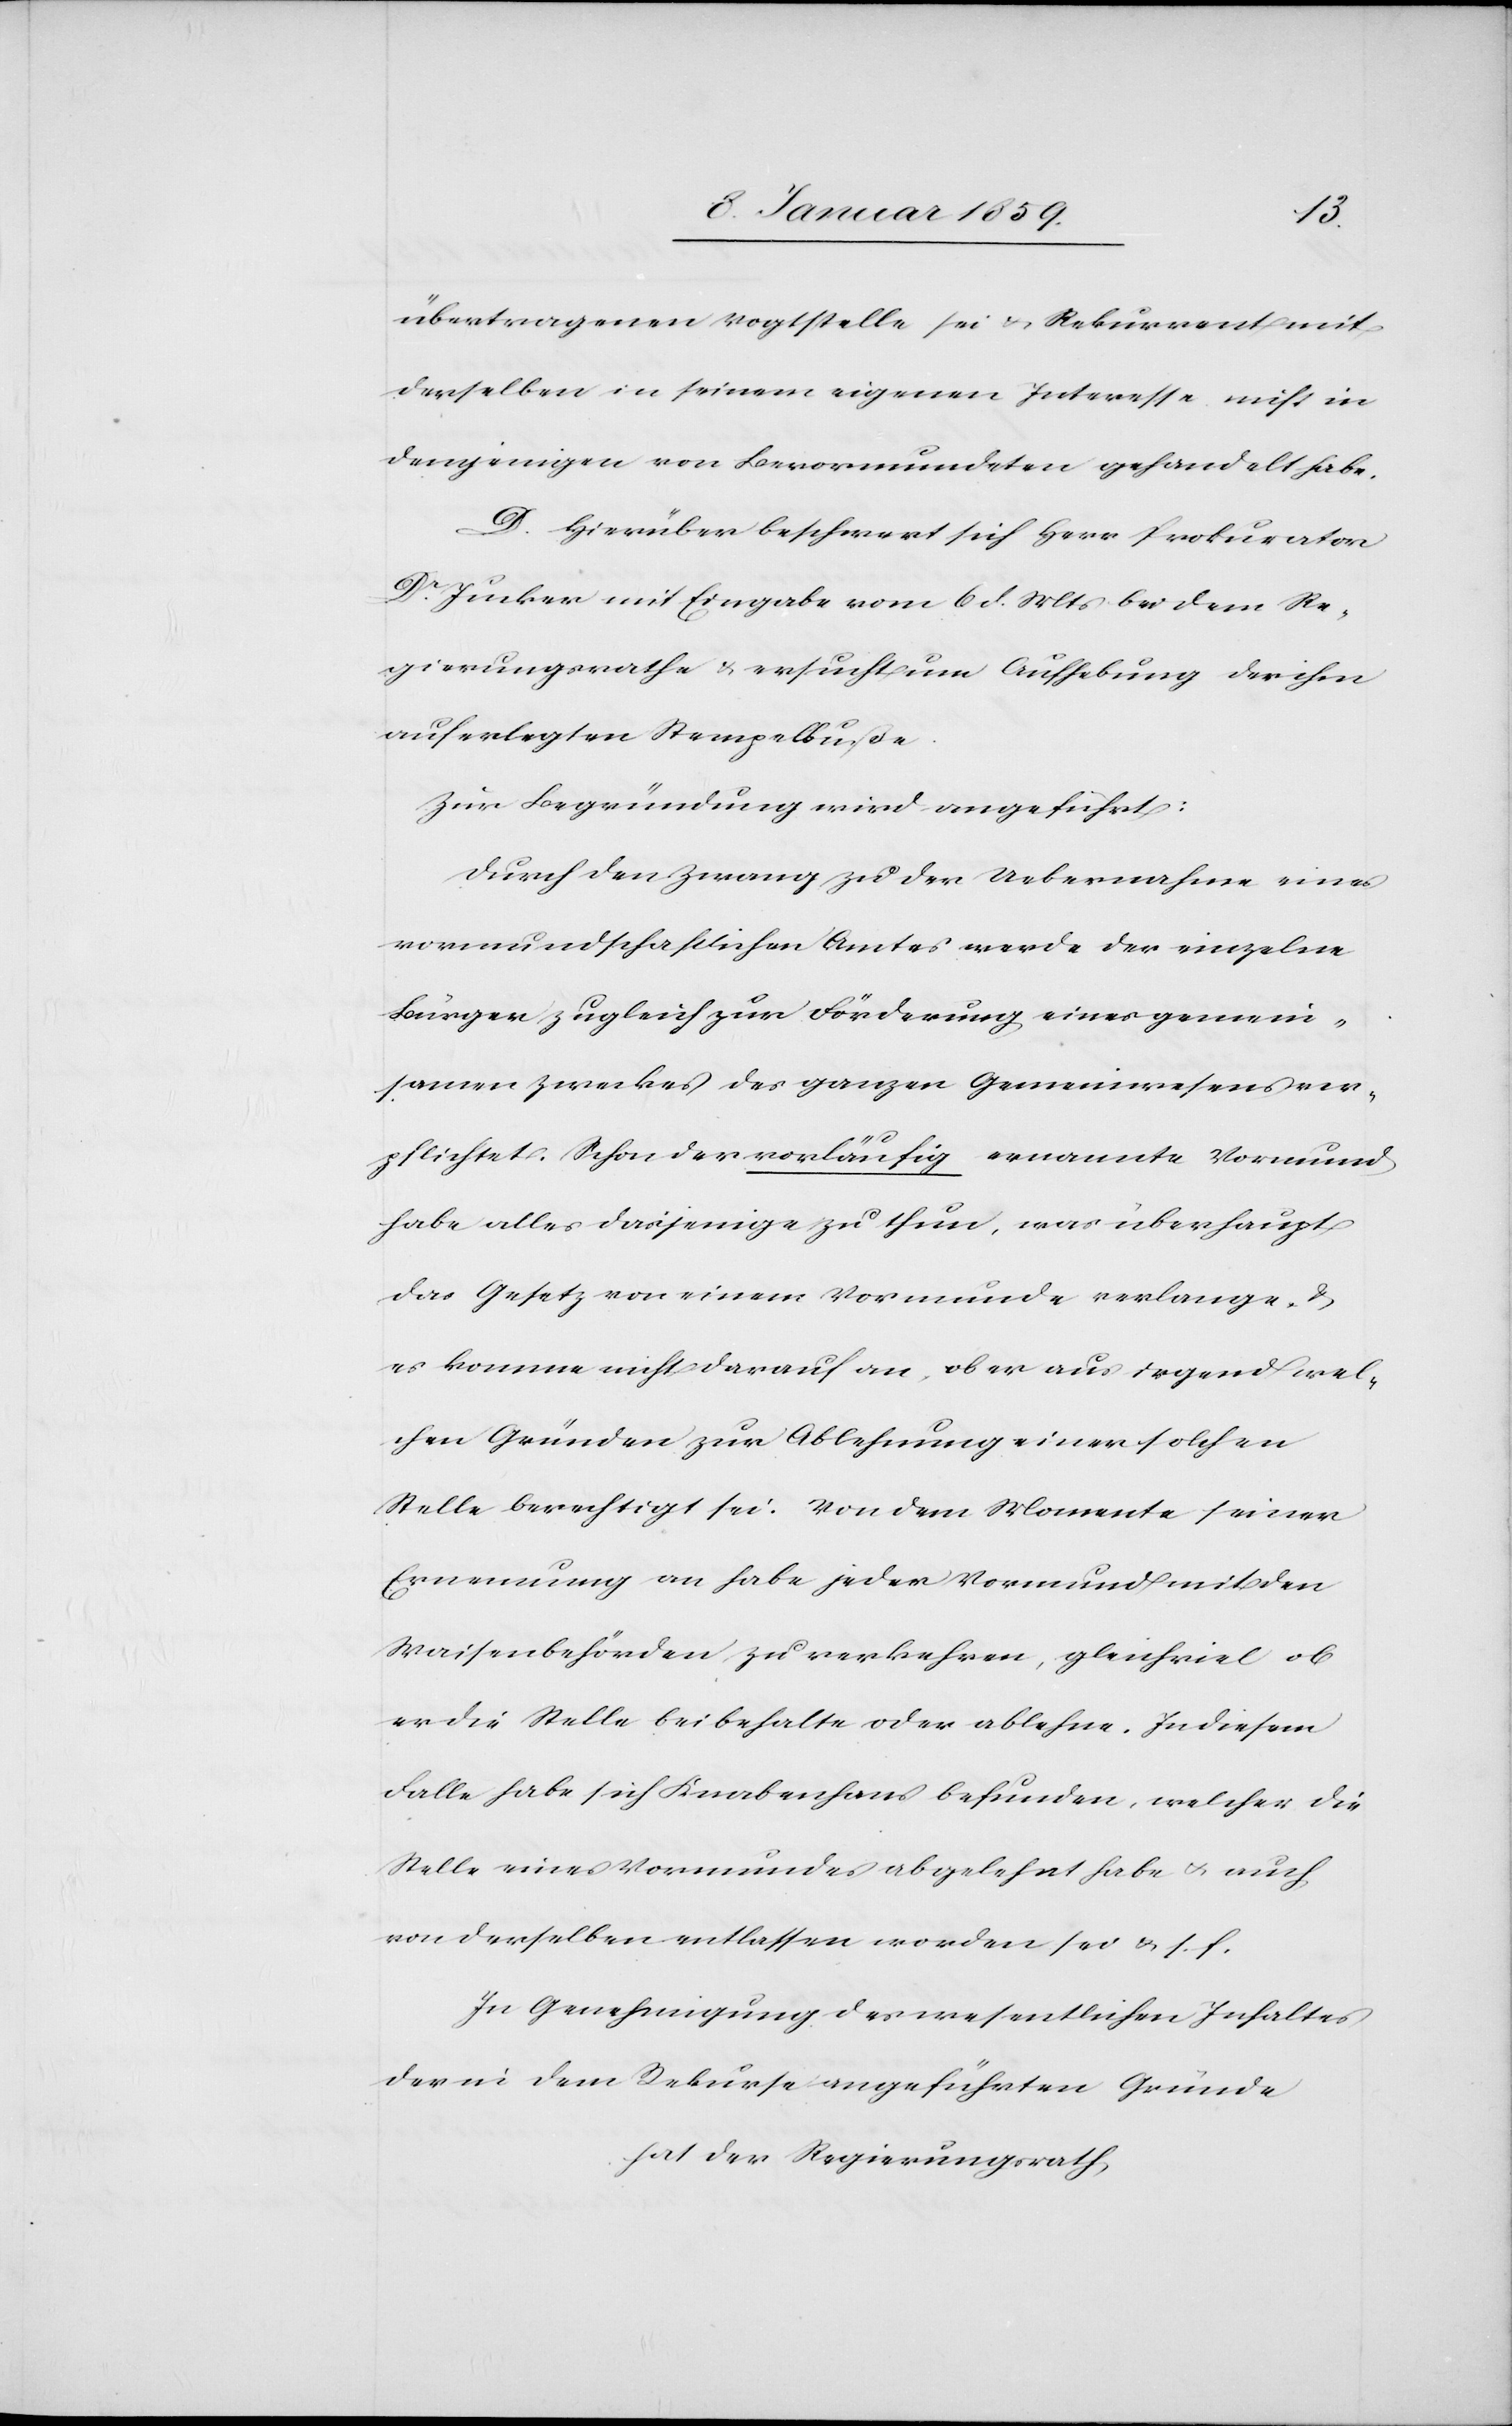
übertragenen Vogtstelle sei u. Rekurrent mit
derselben in seinem eigenen Interesse nicht in
denjenigen von Bevormundeten gehandelt habe.
D. Hierüber beschwert sich Herr Prokurator
Dr. Jucker mit Eingabe vom 6 d. Mts bei dem Re¬
gierungsrathe u. ersucht um Aufhebung der ihm
auferlegten Stempelbuße.
Zur Begründung wird angeführt:
Durch den Zwang zu der Uebernahme eines
vormundschaftlichen Amtes werde der einzelne
Bürger zugleich zur Förderung eines gemein¬
samen Zweckes des ganzen Gemeinwesens ver¬
pflichtet. Schon der vorläufig ernannte Vormund
habe alles dasjenige zu thun, was überhaupt
das Gesetz von einem Vormunde verlange, u.
es komme nicht darauf an, ob er aus irgend wel¬
chen Gründen zur Ablehnung einer solchen
Stelle berechtigt sei. Von dem Momente seiner
Ernennung an habe jeder Vormund mit den
Waisenbehörden zu verkehren, gleichviel ob
er die Stelle beibehalte oder ablehne. In diesem
Falle habe sich Knabenhans befunden, welcher die
Stelle eines Vormundes abgelehnt habe u. auch
von derselben entlassen worden sei u. s. f.
In Genehmigung des wesentlichen Inhaltes
der in dem Rekurse angeführten Gründe
hat der Regierungsrath,